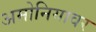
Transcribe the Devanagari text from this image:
अमोनियावर